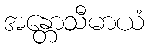
အန္တောသီမာယံ